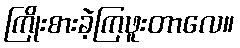
ကြိုးစားခဲ့ကြဖူးတာလေ။